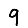
Digit: 9